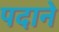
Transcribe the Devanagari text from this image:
पदाने